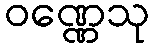
ဝဏ္ဏေသု